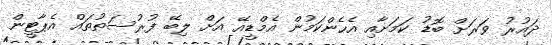
ދައުރު ވަރަށް ބޮޑު ކަމަށާއި އެހެންކަމުން އެމްޑީއޭ އަށް ލިބޭ ފުރުސަތުތައް އެޕާޓީން